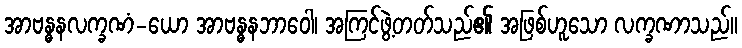
အာဗန္ဓနလက္ခဏံ-ယော အာဗန္ဓနဘာဝေါ၊ အကြင်ဖွဲ့တတ်သည်၏ အဖြစ်ဟူသော လက္ခဏာသည်။